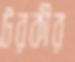
টরকীর